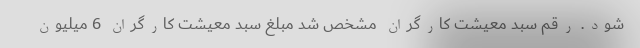
شود. رقم سبد معیشت کارگران مشخص شد مبلغ سبد معیشت کارگران 6 میلیون